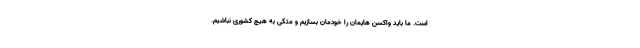
است. ما باید واکسن هایمان را خودمان بسازیم و متکی به هیچ کشوری نباشیم.